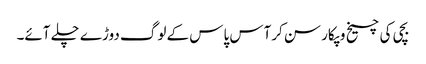
بچی کی چیخ وپکار سن کرآس پاس کے لوگ دوڑے چلے آئے۔